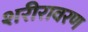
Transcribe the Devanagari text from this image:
शरीरावरण